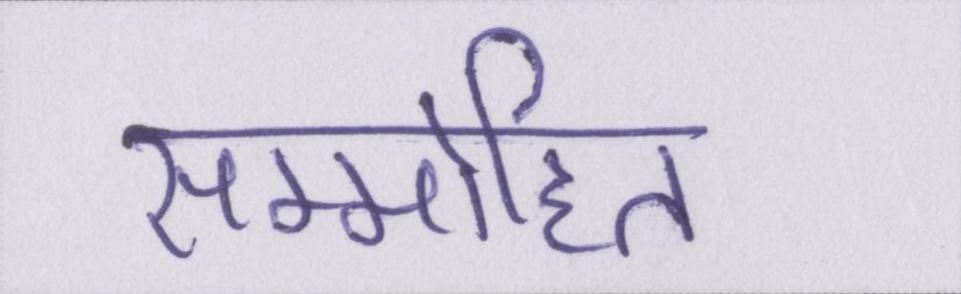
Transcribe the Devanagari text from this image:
सम्मोहित